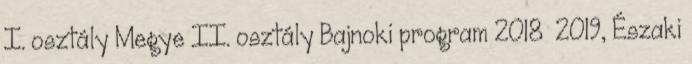
I. osztály Megye II. osztály Bajnoki program 2018 2019, Északi